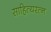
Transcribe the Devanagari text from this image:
साहित्यरत्‍न